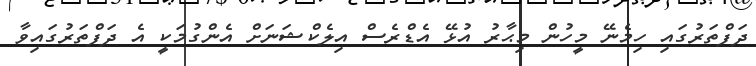
ދަފްތަރުގައި ހިމެނޭ މީހުން މިޙާރު އުޅޭ އެޑްރެސް އިލެކްޝަނަށް އެންގުމަކީ އެ ދަފްތަރުގައިވާ